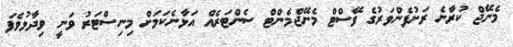
މެނޭޖް ކުރާނެ ރަށުފެންވަރުގެ ވޭސްޓް މެނޭޖްމެންޓް ސެންޓަރެއް އަޅާނެކަމަށް މިނިސްޓަރު ވަނީ ވިދާޅުވެފަ